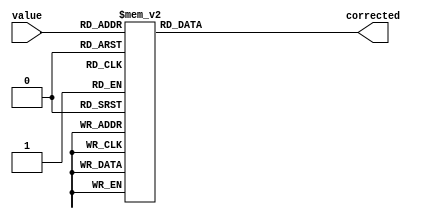

module correction_lut_16(value, corrected); 

input [7:0] value; 
output [15:0] corrected; 
reg [15:0] corrected; 

always @(value) 

case (value) 
0: corrected=0;
1: corrected=3;
2: corrected=10;
3: corrected=22;
4: corrected=37;
5: corrected=55;
6: corrected=76;
7: corrected=101;
8: corrected=128;
9: corrected=159;
10: corrected=192;
11: corrected=228;
12: corrected=267;
13: corrected=308;
14: corrected=352;
15: corrected=399;
16: corrected=448;
17: corrected=500;
18: corrected=554;
19: corrected=611;
20: corrected=670;
21: corrected=732;
22: corrected=796;
23: corrected=862;
24: corrected=931;
25: corrected=1002;
26: corrected=1075;
27: corrected=1151;
28: corrected=1229;
29: corrected=1309;
30: corrected=1391;
31: corrected=1476;
32: corrected=1563;
33: corrected=1652;
34: corrected=1743;
35: corrected=1836;
36: corrected=1932;
37: corrected=2029;
38: corrected=2129;
39: corrected=2231;
40: corrected=2335;
41: corrected=2441;
42: corrected=2550;
43: corrected=2660;
44: corrected=2772;
45: corrected=2887;
46: corrected=3003;
47: corrected=3122;
48: corrected=3242;
49: corrected=3365;
50: corrected=3490;
51: corrected=3616;
52: corrected=3745;
53: corrected=3876;
54: corrected=4008;
55: corrected=4143;
56: corrected=4279;
57: corrected=4418;
58: corrected=4559;
59: corrected=4701;
60: corrected=4845;
61: corrected=4992;
62: corrected=5140;
63: corrected=5290;
64: corrected=5442;
65: corrected=5596;
66: corrected=5752;
67: corrected=5910;
68: corrected=6070;
69: corrected=6232;
70: corrected=6395;
71: corrected=6560;
72: corrected=6728;
73: corrected=6897;
74: corrected=7068;
75: corrected=7241;
76: corrected=7415;
77: corrected=7592;
78: corrected=7770;
79: corrected=7951;
80: corrected=8133;
81: corrected=8317;
82: corrected=8502;
83: corrected=8690;
84: corrected=8879;
85: corrected=9070;
86: corrected=9263;
87: corrected=9458;
88: corrected=9655;
89: corrected=9853;
90: corrected=10053;
91: corrected=10255;
92: corrected=10459;
93: corrected=10665;
94: corrected=10872;
95: corrected=11081;
96: corrected=11292;
97: corrected=11505;
98: corrected=11719;
99: corrected=11935;
100: corrected=12153;
101: corrected=12373;
102: corrected=12594;
103: corrected=12817;
104: corrected=13042;
105: corrected=13269;
106: corrected=13497;
107: corrected=13727;
108: corrected=13959;
109: corrected=14192;
110: corrected=14428;
111: corrected=14665;
112: corrected=14903;
113: corrected=15144;
114: corrected=15386;
115: corrected=15629;
116: corrected=15875;
117: corrected=16122;
118: corrected=16371;
119: corrected=16622;
120: corrected=16874;
121: corrected=17128;
122: corrected=17383;
123: corrected=17641;
124: corrected=17900;
125: corrected=18160;
126: corrected=18423;
127: corrected=18687;
128: corrected=18953;
129: corrected=19220;
130: corrected=19489;
131: corrected=19760;
132: corrected=20032;
133: corrected=20306;
134: corrected=20582;
135: corrected=20859;
136: corrected=21138;
137: corrected=21418;
138: corrected=21701;
139: corrected=21985;
140: corrected=22270;
141: corrected=22557;
142: corrected=22846;
143: corrected=23136;
144: corrected=23428;
145: corrected=23722;
146: corrected=24017;
147: corrected=24314;
148: corrected=24613;
149: corrected=24913;
150: corrected=25215;
151: corrected=25518;
152: corrected=25823;
153: corrected=26130;
154: corrected=26438;
155: corrected=26748;
156: corrected=27059;
157: corrected=27372;
158: corrected=27687;
159: corrected=28003;
160: corrected=28321;
161: corrected=28640;
162: corrected=28961;
163: corrected=29284;
164: corrected=29608;
165: corrected=29934;
166: corrected=30261;
167: corrected=30590;
168: corrected=30921;
169: corrected=31253;
170: corrected=31587;
171: corrected=31922;
172: corrected=32259;
173: corrected=32597;
174: corrected=32937;
175: corrected=33278;
176: corrected=33622;
177: corrected=33966;
178: corrected=34312;
179: corrected=34660;
180: corrected=35009;
181: corrected=35360;
182: corrected=35713;
183: corrected=36067;
184: corrected=36422;
185: corrected=36779;
186: corrected=37138;
187: corrected=37498;
188: corrected=37860;
189: corrected=38223;
190: corrected=38588;
191: corrected=38954;
192: corrected=39322;
193: corrected=39692;
194: corrected=40063;
195: corrected=40435;
196: corrected=40809;
197: corrected=41185;
198: corrected=41562;
199: corrected=41940;
200: corrected=42320;
201: corrected=42702;
202: corrected=43085;
203: corrected=43470;
204: corrected=43856;
205: corrected=44244;
206: corrected=44633;
207: corrected=45024;
208: corrected=45416;
209: corrected=45810;
210: corrected=46205;
211: corrected=46602;
212: corrected=47000;
213: corrected=47400;
214: corrected=47801;
215: corrected=48204;
216: corrected=48609;
217: corrected=49014;
218: corrected=49422;
219: corrected=49831;
220: corrected=50241;
221: corrected=50653;
222: corrected=51066;
223: corrected=51481;
224: corrected=51897;
225: corrected=52315;
226: corrected=52734;
227: corrected=53155;
228: corrected=53577;
229: corrected=54001;
230: corrected=54426;
231: corrected=54853;
232: corrected=55281;
233: corrected=55711;
234: corrected=56142;
235: corrected=56574;
236: corrected=57008;
237: corrected=57444;
238: corrected=57881;
239: corrected=58319;
240: corrected=58759;
241: corrected=59201;
242: corrected=59644;
243: corrected=60088;
244: corrected=60534;
245: corrected=60981;
246: corrected=61430;
247: corrected=61880;
248: corrected=62332;
249: corrected=62785;
250: corrected=63240;
251: corrected=63696;
252: corrected=64153;
253: corrected=64612;
254: corrected=65073;
255: corrected=65535;


endcase 

endmodule